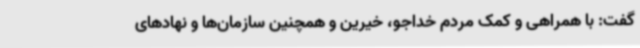
گفت: با همراهی و کمک مردم خداجو، خیرین و همچنین سازمان‌ها و نهادهای